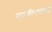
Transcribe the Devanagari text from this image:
परागीभवनात